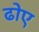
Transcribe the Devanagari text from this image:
ढोए